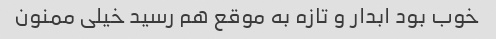
خوب بود ابدار و تازه به موقع هم رسید خیلی ممنون